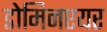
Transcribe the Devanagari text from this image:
डोमिनएयर